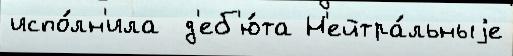
испо́лн'ила  д'еб'ю́та Н'ейтра́льныjе